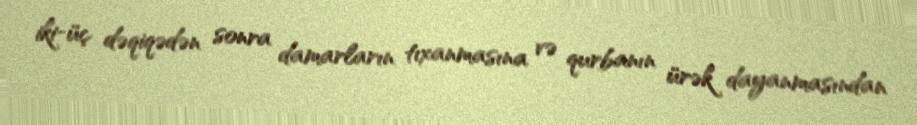
iki-üç dəqiqədən sonra damarların tıxanmasına və qurbanın ürək dayanmasından